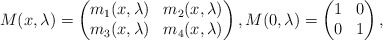
\begin{align*}M(x,\lambda)= \begin{pmatrix}m_1(x,\lambda)& m_2(x,\lambda) \\m_3(x,\lambda) & m_4(x,\lambda)\end{pmatrix},M(0,\lambda)= \begin{pmatrix}1&0\\0&1\end{pmatrix}, \end{align*}